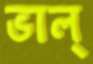
ভাল্